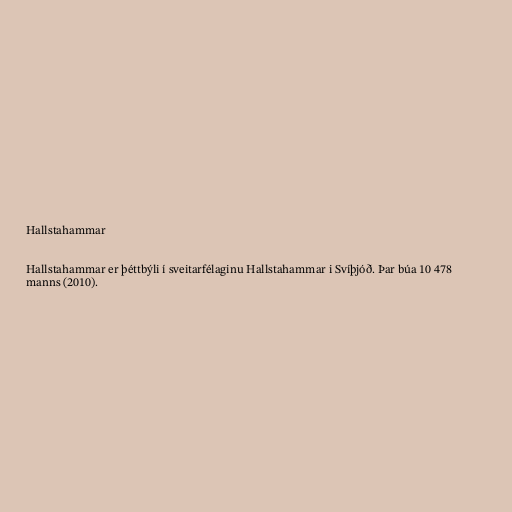
Hallstahammar

Hallstahammar er þéttbýli í sveitarfélaginu Hallstahammar i Svíþjóð. Þar búa 10 478
manns (2010).